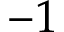
- 1